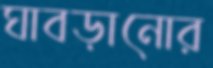
ঘাবড়ানোর